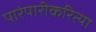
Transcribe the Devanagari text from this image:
पारंपारीकरित्या